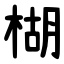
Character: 楜